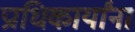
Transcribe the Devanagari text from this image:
प्राधिकार्यांना